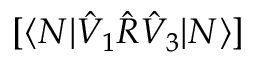
[ \langle N | \hat { V } _ { 1 } \hat { R } \hat { V } _ { 3 } | N \rangle ]